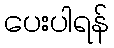
ပေးပါရန်